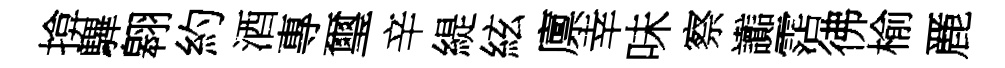
揜驆翱約酒專璽辛緹絃廪幸味察讟霑彿榆䴡